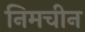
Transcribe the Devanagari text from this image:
निमचीन